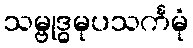
သမ္ဗုဒ္ဓမုပသင်္ကမုံ